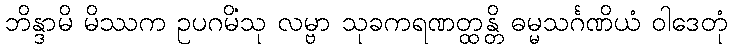
ဘိန္ဒာမိ မိဿက ဥပဂမိံသု လမ္ဗာ သုခကရဏတ္ထန္တိ ဓမ္မသင်္ဂဏိယံ ဝါဒေတုံ